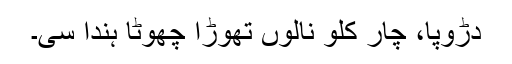
دڑوپا، چار کلو نالوں تھوڑا چھوٹا ہُندا سی۔